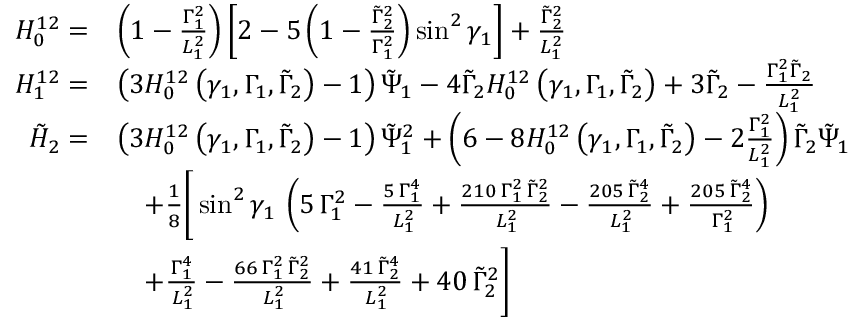
\begin{array} { r l } { H _ { 0 } ^ { 1 2 } = } & { \left( 1 - \frac { \Gamma _ { 1 } ^ { 2 } } { L _ { 1 } ^ { 2 } } \right) \left[ 2 - 5 \left( 1 - \frac { \tilde { \Gamma } _ { 2 } ^ { 2 } } { \Gamma _ { 1 } ^ { 2 } } \right) \sin ^ { 2 } \gamma _ { 1 } \right] + \frac { \tilde { \Gamma } _ { 2 } ^ { 2 } } { L _ { 1 } ^ { 2 } } } \\ { H _ { 1 } ^ { 1 2 } = } & { \left( 3 H _ { 0 } ^ { 1 2 } \left( \gamma _ { 1 } , \Gamma _ { 1 } , \tilde { \Gamma } _ { 2 } \right) - 1 \right) \tilde { \Psi } _ { 1 } - 4 \tilde { \Gamma } _ { 2 } H _ { 0 } ^ { 1 2 } \left( \gamma _ { 1 } , \Gamma _ { 1 } , \tilde { \Gamma } _ { 2 } \right) + 3 \tilde { \Gamma } _ { 2 } - \frac { \Gamma _ { 1 } ^ { 2 } \tilde { \Gamma } _ { 2 } } { L _ { 1 } ^ { 2 } } } \\ { \tilde { H } _ { 2 } = } & { \left( 3 H _ { 0 } ^ { 1 2 } \left( \gamma _ { 1 } , \Gamma _ { 1 } , \tilde { \Gamma } _ { 2 } \right) - 1 \right) \tilde { \Psi } _ { 1 } ^ { 2 } + \left( 6 - 8 H _ { 0 } ^ { 1 2 } \left( \gamma _ { 1 } , \Gamma _ { 1 } , \tilde { \Gamma } _ { 2 } \right) - 2 \frac { \Gamma _ { 1 } ^ { 2 } } { L _ { 1 } ^ { 2 } } \right) \tilde { \Gamma } _ { 2 } \tilde { \Psi } _ { 1 } } \\ & { \quad + \frac { 1 } { 8 } \Bigg [ \sin ^ { 2 } \gamma _ { 1 } \, \left( 5 \, \Gamma _ { 1 } ^ { 2 } - { \frac { 5 \, \Gamma _ { 1 } ^ { 4 } } { \, L _ { 1 } ^ { 2 } } } + { \frac { 2 1 0 \, \Gamma _ { 1 } ^ { 2 } \, \tilde { \Gamma } _ { 2 } ^ { 2 } } { \, L _ { 1 } ^ { 2 } } } - { \frac { 2 0 5 \, \tilde { \Gamma } _ { 2 } ^ { 4 } } { \, L _ { 1 } ^ { 2 } } } + { \frac { 2 0 5 \, \tilde { \Gamma } _ { 2 } ^ { 4 } } { \, \Gamma _ { 1 } ^ { 2 } } } \right) } \\ & { \quad + { \frac { \Gamma _ { 1 } ^ { 4 } } { \, L _ { 1 } ^ { 2 } } } - { \frac { 6 6 \, \Gamma _ { 1 } ^ { 2 } \, \tilde { \Gamma } _ { 2 } ^ { 2 } } { \, L _ { 1 } ^ { 2 } } } + { \frac { 4 1 \, \tilde { \Gamma } _ { 2 } ^ { 4 } } { \, L _ { 1 } ^ { 2 } } } + 4 0 \, \tilde { \Gamma } _ { 2 } ^ { 2 } \Bigg ] } \end{array}